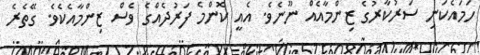
ހަމައެކަނި ސަރުކާރުގެ ޒިންމާއެއް ނޫނެވެ. އެއީ ކޮންމެ ފަރުދެއްގެ ވެސް ޒިންމާއެކެވެ. ގޭތެރެ